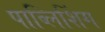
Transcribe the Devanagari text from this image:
पाब्लिशिंग